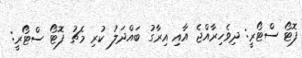
ފޮޓޯ ސްޓޯރީ: ދިވެހިރާއްޖެ އާއި އިރާގު ބައްދަލު ކުރި މެޗު ފޮޓޯ ސްޓޯރީ: